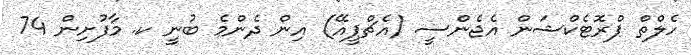
ހެލްތް ޕްރޮޓެކްޝަން އެޖެންސީ (އެޗްޕީއޭ) އިން ދެންމެ ބުނީ ކ. މާފުށިން 74